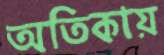
অতিকায়